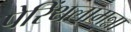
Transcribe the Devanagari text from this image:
पेरिंथलामन्ना